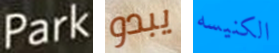
Park يبدو الكنيسه